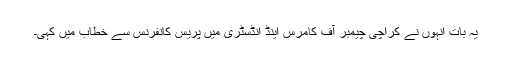
یہ بات انہوں نے کراچی چیمبر آف کامرس اینڈ انڈسٹری میں پریس کانفرنس سے خطاب میں کہی۔